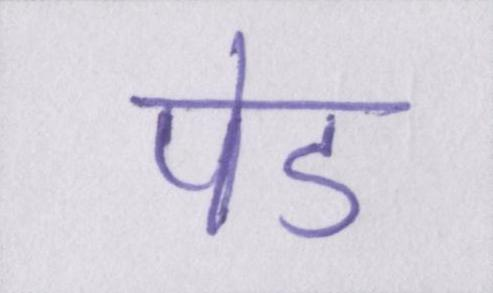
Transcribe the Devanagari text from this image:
पेड